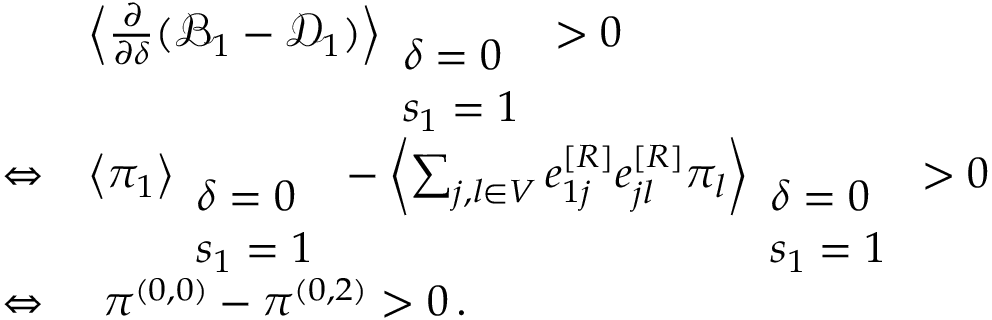
\begin{array} { r l } & { \left\langle \frac { \partial } { \partial \delta } ( \mathcal { B } _ { 1 } - \mathcal { D } _ { 1 } ) \right\rangle _ { \begin{array} { l } { \delta = 0 } \\ { s _ { 1 } = 1 } \end{array} } > 0 } \\ { \Leftrightarrow } & { \left\langle \pi _ { 1 } \right\rangle _ { \begin{array} { l } { \delta = 0 } \\ { s _ { 1 } = 1 } \end{array} } - \left\langle \sum _ { j , l \in V } e _ { 1 j } ^ { [ R ] } e _ { j l } ^ { [ R ] } \pi _ { l } \right\rangle _ { \begin{array} { l } { \delta = 0 } \\ { s _ { 1 } = 1 } \end{array} } > 0 } \\ { \Leftrightarrow } & { ~ \pi ^ { ( 0 , 0 ) } - \pi ^ { ( 0 , 2 ) } > 0 \, . } \end{array}